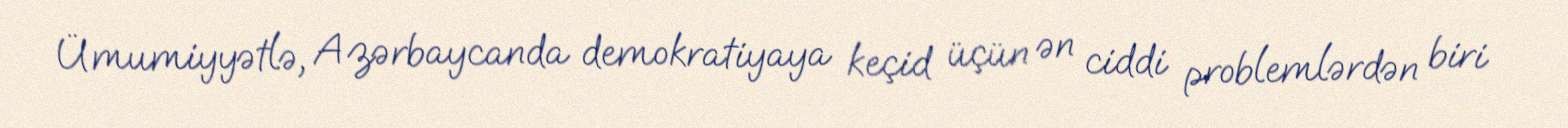
Ümumiyyətlə, Azərbaycanda demokratiyaya keçid üçün ən ciddi problemlərdən biri